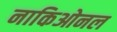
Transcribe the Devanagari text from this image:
नाकिओनल